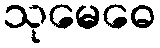
သုမေဓေ